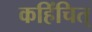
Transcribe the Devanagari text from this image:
कहिंचित्‌